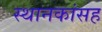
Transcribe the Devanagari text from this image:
स्थानकांसह